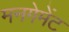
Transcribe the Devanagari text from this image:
मनगेमेंट